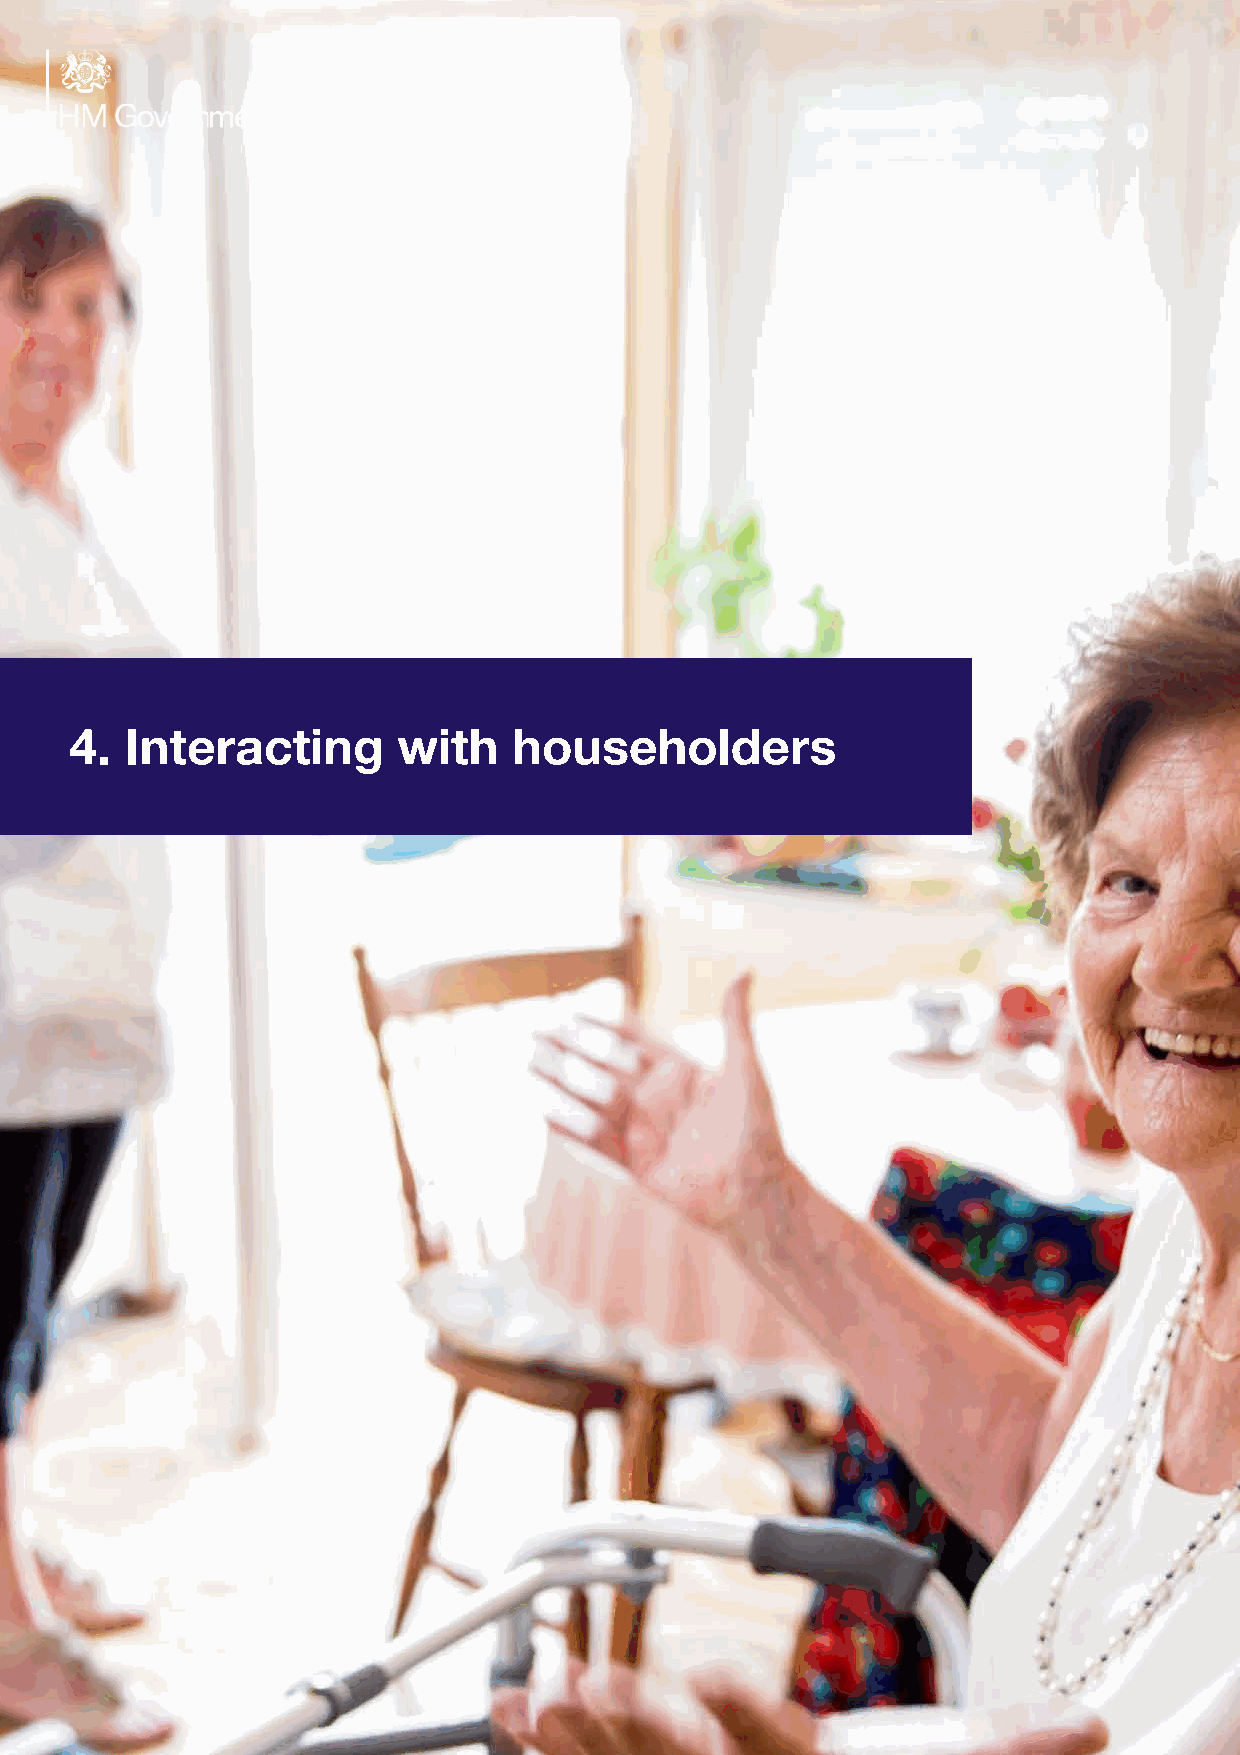
4.                g       h                    rs
 Interactin        wit     householde